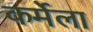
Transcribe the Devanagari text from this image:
कर्मेला